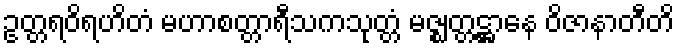
ဥတ္တရဝိရဟိတံ မဟာစတ္တာရီသကသုတ္တံ မဇ္ဈတ္တဋ္ဌာနေ ဝိဇာနာတီတိ